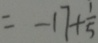
= - 1 7 + \frac { 1 } { 5 }